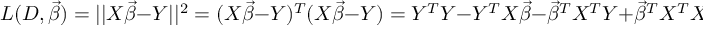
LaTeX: L ( D , { \vec { \beta } } ) = | | X { \vec { \beta } } - Y | | ^ { 2 } = ( X { \vec { \beta } } - Y ) ^ { T } ( X { \vec { \beta } } - Y ) = Y ^ { T } Y - Y ^ { T } X { \vec { \beta } } - { \vec { \beta } } ^ { T } X ^ { T } Y + { \vec { \beta } } ^ { T } X ^ { T } X { \vec { \beta } }